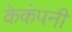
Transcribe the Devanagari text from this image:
केकंपनी